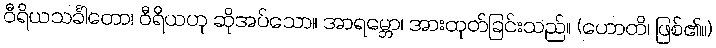
ဝီရိယသင်္ခါတော၊ ဝီရိယဟု ဆိုအပ်သော။ အာရမ္ဘော၊ အားထုတ်ခြင်းသည်။ (ဟောတိ၊ ဖြစ်၏။)